Insane asylums in Bengal annual reports 1867-1875 - 1867-1875
Year: 1867
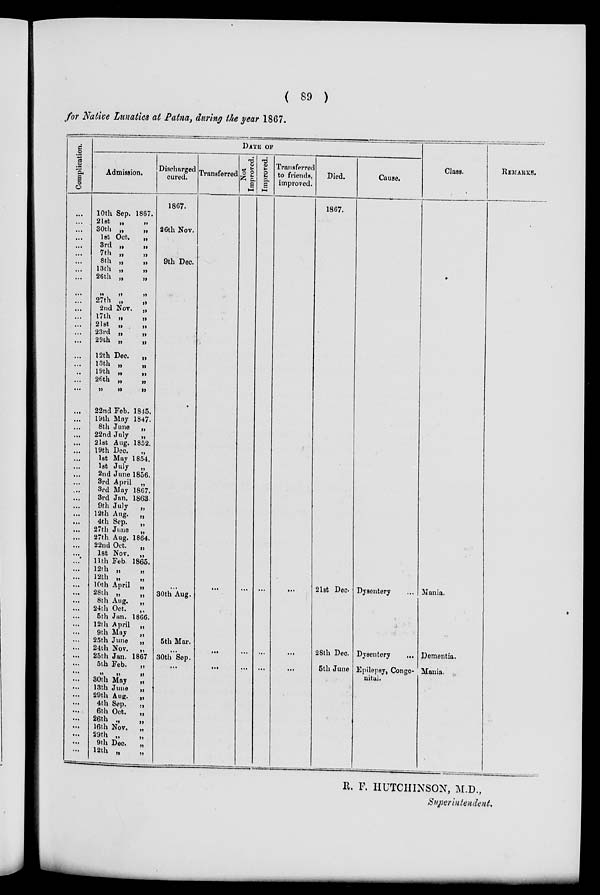
( 89 )
for Native Lunatics at Patna, during the year 1867.
Complication.
...
...
...
...
...
...
...
...
...
...
...
...
...
...
...
...
...
...
...
...
...
...
...
...
...
...
...
...
...
...
...
...
...
...
...
...
...
...
...
...
...
...
...
...
...
...
...
...
...
...
...
...
...
...
...
...
...
...
...
...
...
...
...
...
...
DATE OF
Admission.
10th Sep. 1867.
21st
„
„
30th „
„
1st Oct.
„
3rd „
„
7th
„
„
8th „
„
13th „
„
26th „
„
„ „ „
27th „
„
2nd Nov. „
17th „
„
21st „
„
23rd „
„
29th „
„
12th Dec.
„
13th „
„
19th „
„
26th „
„
„ „ „
22nd Feb. 1845.
19th May 1847.
8th June
„
22nd July
„
21st Aug. 1852.
19th Dec.
„
1st May 1854.
1st July
„
2nd June 1856.
3rd April „
3rd May 1867.
3rd Jan. 1863.
9th July
„
12th Aug.
„
4th Sep.
„
27th June
„
27th Aug. 1864.
22nd Oct.
„
1st Nov. „
11th Feb. 1865.
12rh „
„
12th „
10th April „
28th „
„
8th Aug.
„
24th Oct.
„
5th Jan. 1866.
12th April „
9th May
„
25th June
„
24th Nov.
„
25th Jan. 1867
5th Feb.
„
„ „ „
30th May
„
13th June
„
29th Aug.
„
4th Sep.
„
6th Oct.
„
26th „
„
16th Nov.
„
29th „
„
9th Dec.
„
12th „ „
Discharged
cured.
1867.
26th Nov.
9th Dec.
...
30th Aug.
5th Mar.
...
30th Sep.
...
Transferred
...
...
...
Not
Improved.
...
...
...
Improved.
...
...
...
Transferred
to friends,
improved.
...
...
...
Died.
1867.
21st Dec
28th Dec.
5th June
Cause.
Dysentery...
Dysentery...
Epilepsy, Conge-
nital.
Class.
Mania...
Dementia.
Mania.
REMARKS.
R. F. HUTCHINSON, M.D.,
Superintendent.